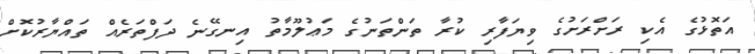
އަތޮޅުގެ އެކި ރަށްރަށުގެ ވިޔަފާރި ކުރާ ތަންތަނުގެ މަޢުލޫމާތު އިނގޭނެ ދަފްތަރެއް ތައްޔާރުކޮށް